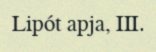
Lipót apja, III.